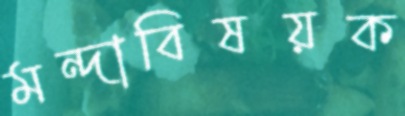
মন্দাবিষয়ক